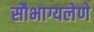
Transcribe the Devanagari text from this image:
सौभाग्यलेणे